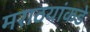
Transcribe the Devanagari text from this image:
मराठयांकडे